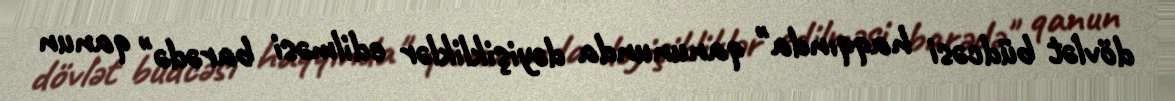
dövlət büdcəsi haqqında" qanununda dəyişikliklər edilməsi barədə" qanun